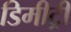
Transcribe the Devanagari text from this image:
डिमीट्री